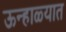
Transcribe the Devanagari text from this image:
ऊन्हाळ्यात